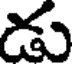
డు